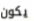
يكون